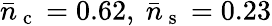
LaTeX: \bar{n}_{\mathrm{~c~}}=0.62,\ \bar{n}_{\mathrm{~s~}}=0.23